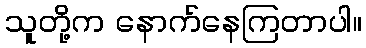
သူတို့က နောက်နေကြတာပါ။